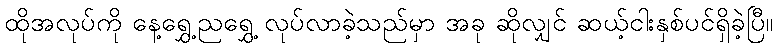
ထိုအလုပ်ကို နေ့ရွှေ့ညရွှေ့ လုပ်လာခဲ့သည်မှာ အခု ဆိုလျှင် ဆယ့်ငါးနှစ်ပင်ရှိခဲ့ပြီ။